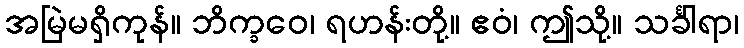
အမြဲမရှိကုန်။ ဘိက္ခဝေ၊ ရဟန်းတို့။ ဧဝံ၊ ဤသို့။ သင်္ခါရာ၊